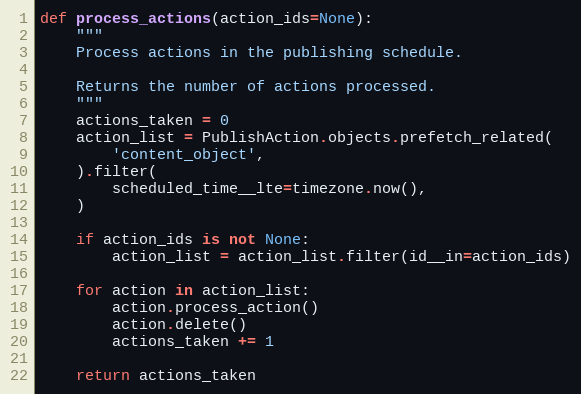
Language: Python
def process_actions(action_ids=None):
    """
    Process actions in the publishing schedule.

    Returns the number of actions processed.
    """
    actions_taken = 0
    action_list = PublishAction.objects.prefetch_related(
        'content_object',
    ).filter(
        scheduled_time__lte=timezone.now(),
    )

    if action_ids is not None:
        action_list = action_list.filter(id__in=action_ids)

    for action in action_list:
        action.process_action()
        action.delete()
        actions_taken += 1

    return actions_taken